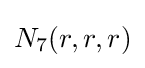
N_{7}(r,r,r)